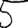
Digit: 5